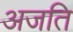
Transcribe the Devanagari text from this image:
अजति